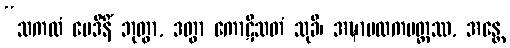
“သကလံ မေဒိနိံ ဘုတွာ, ဒတွာ ကောဋိသတံ သုခီ၊ အဍ္ဎာမလကမတ္တဿ, အန္တေ